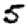
Digit: 5